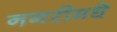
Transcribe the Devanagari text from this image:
नगरीमधे